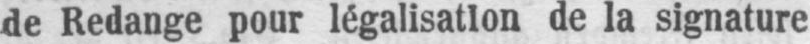
de la signature